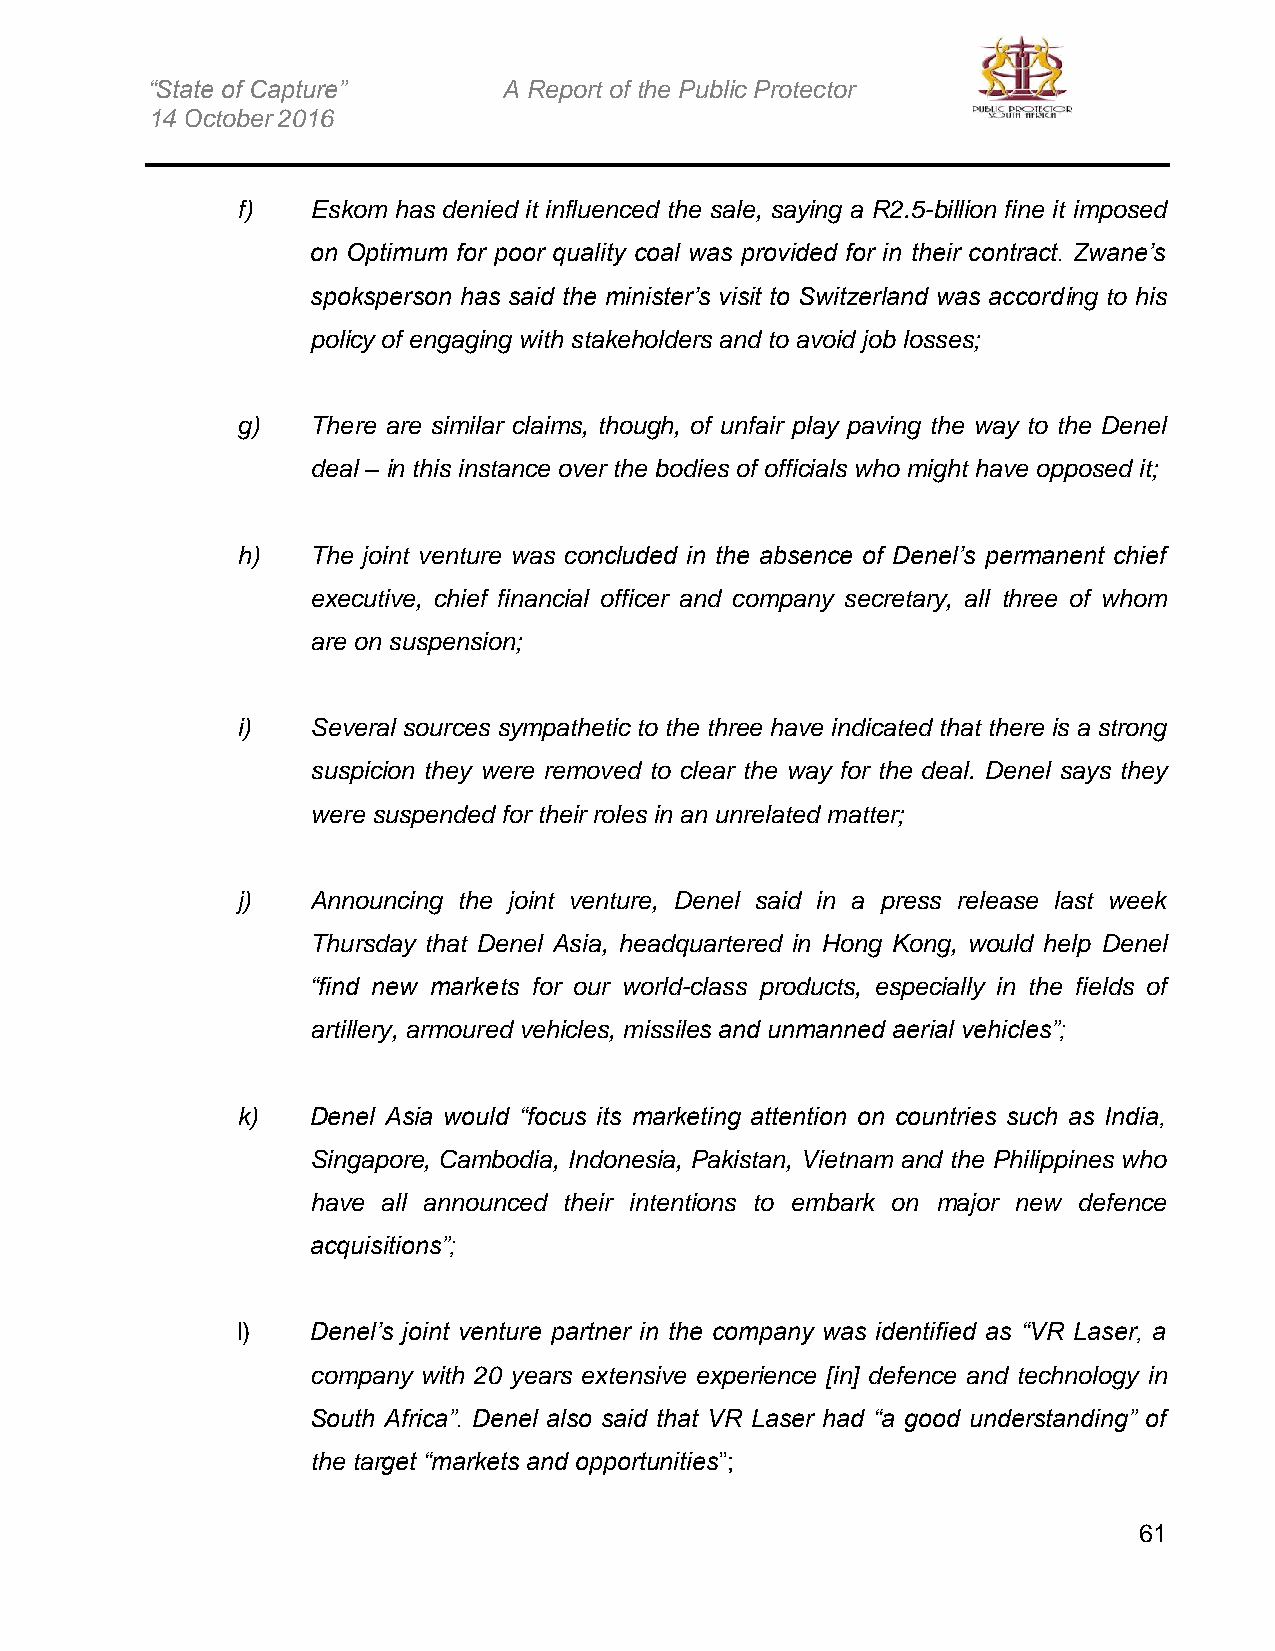
“State of Capture”     A Report of the Public Protector
 14 October 2016
 f)   Eskom has denied it influenced the sale, saying a R2.5-billion fine it imposed
 on Optimum for poor quality coal was provided for in their contract. Zwane’s
 spoksperson has said the minister’s visit to Switzerland was according to his
 policy of engaging with stakeholders and to avoid job losses;
 g)   There are similar claims, though, of unfair play paving the way to the Denel
 deal – in this instance over the bodies of officials who might have opposed it;
 h)   The joint venture was concluded in the absence of Denel’s permanent chief
 executive, chief financial officer and company secretary, all three of whom
 are on suspension;
 i)   Several sources sympathetic to the three have indicated that there is a strong
 suspicion they were removed to clear the way for the deal. Denel says they
 were suspended for their roles in an unrelated matter;
 j)   Announcing the joint venture, Denel said in a press release last week
 Thursday that Denel Asia, headquartered in Hong Kong, would help Denel
 “find new markets for our world-class products, especially in the fields of
 artillery, armoured vehicles, missiles and unmanned aerial vehicles”;
 k)   Denel Asia would “focus its marketing attention on countries such as India,
 Singapore, Cambodia, Indonesia, Pakistan, Vietnam and the Philippines who
 have all announced their intentions to embark on major new defence
 acquisitions”;
 l)   Denel’s joint venture partner in the company was identified as “VR Laser, a
 company with 20 years extensive experience [in] defence and technology in
 South Africa”. Denel also said that VR Laser had “a good understanding” of
 the target “markets and opportunities”;
 61